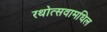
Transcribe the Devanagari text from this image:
रथोत्सवामधिल